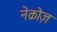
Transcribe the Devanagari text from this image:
नेक्रोज़